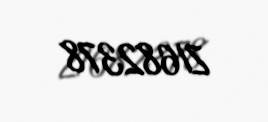
ZI682378